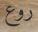
روع